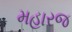
મહારજ